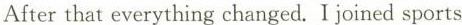
After that everything changed. I joined sports